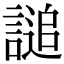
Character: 𧪲